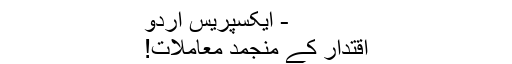
- ایکسپریس اردو
اقتدار کے منجمد معاملات!